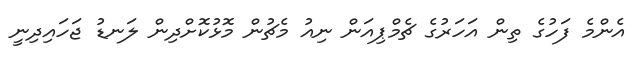
އެންމެ ފަހުގެ ތިން އަހަރުގެ ޗެމްޕިއަން ނިއު މެޗުން މޮޅުކޮށްދިން ލަނޑު ޖަހައިދިނީ